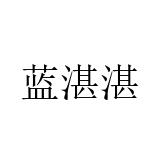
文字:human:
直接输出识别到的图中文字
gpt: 蓝湛湛